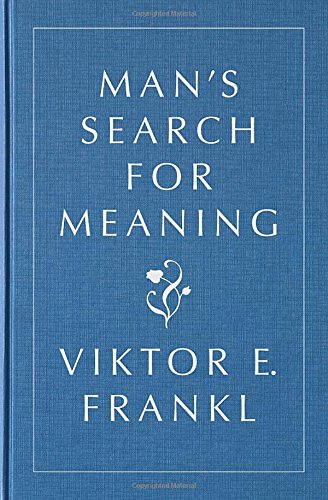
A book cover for Man's Search for Meaning, Gift Edition; Viktor E. Frankl; Medical Books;